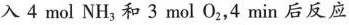
入4mol NH_{3}和3mol O_{2}，4min后反应